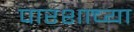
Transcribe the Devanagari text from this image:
पारशाच्या